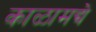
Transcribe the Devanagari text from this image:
काळामद्ये